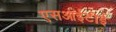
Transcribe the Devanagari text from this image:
एसआईटीई